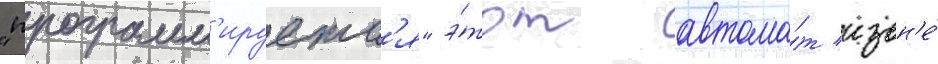
"программ'ируетс'я" э́тот автома́т извн'е́